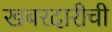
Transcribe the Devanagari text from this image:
खबरदारीची